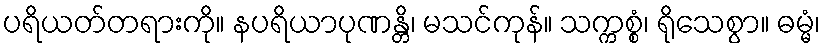
ပရိယတ်တရားကို။ နပရိယာပုဏန္တိ၊ မသင်ကုန်။ သက္ကစ္စံ၊ ရိုသေစွာ။ ဓမ္မံ၊